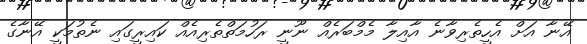
އޭނާ އަށް އެހީތެރިވާނެ އާއިލާ މެމްބަރެއް ނޫނީ ރަހުމަތްތެރިއެއް ކައިރީގައި ނެތުމަކީ އޭނާގެ